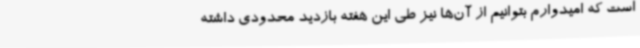
است که امیدوارم بتوانیم از آن‌ها نیز طی این هفته بازدید محدودی داشته